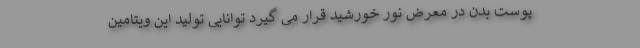
پوست بدن در معرض نور خورشید قرار می گیرد توانایی تولید این ویتامین